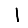
Digit: 1